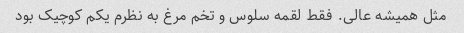
مثل همیشه عالی. فقط لقمه سلوس و تخم مرغ به نظرم یکم کوچیک بود